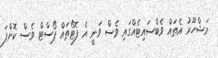
މަޝްހޫރު އެތައް ވެބްސައިޓެއްގައި ވެސް ވަނީ އެ ފޮޓޯތައް ޕޯސްޓް ވެސް ކޮށްފަ